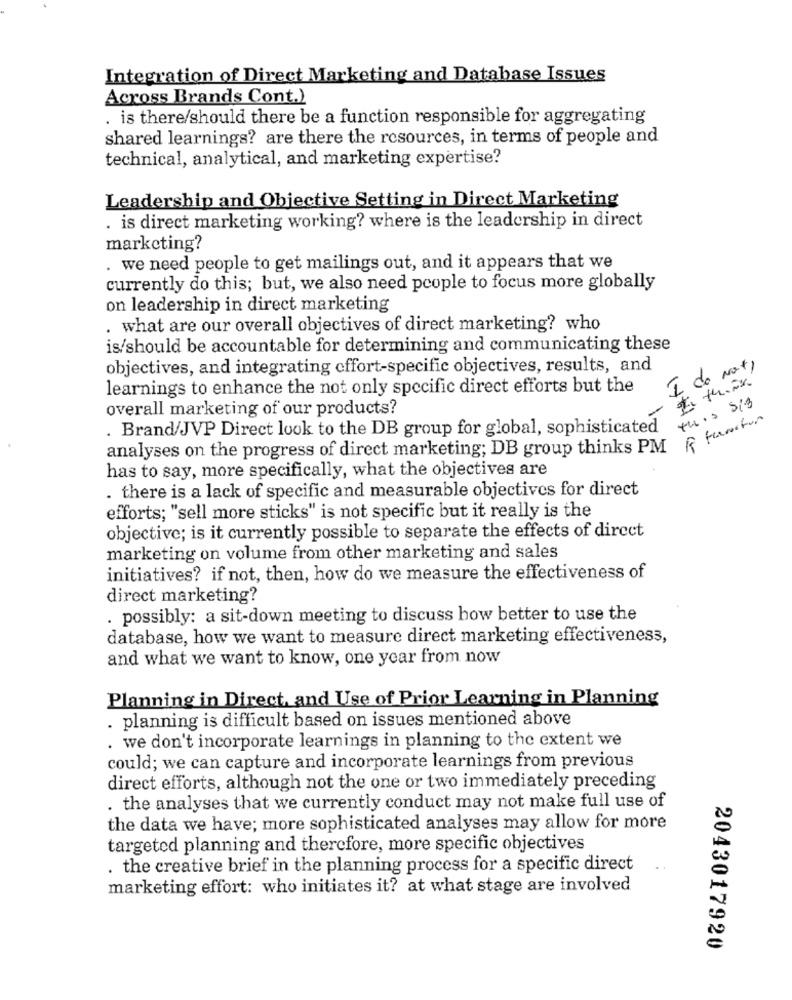
Integration of Direct Marketing and Database Issues
Across Brands Cont.)
. is there/should there be a function responsible for aggregating
shared learnings? are there the resources, in terms of people and
technical, analytical, and marketing expertise?
Leadership and Objective Setting in Direct Marketing
. is direct marketing working? where is the leadership in direct
marketing?
. we need people to get mailings out, and it appears that we
currently do this; but, we also need people to focus more globally
on leadership in direct marketing
. what are our overall objectives of direct marketing? who
is/should be accountable for determining and communicating these
objectives, and integrating effort-specific objectives, results, and
I do Not,
learnings to enhance the not only specific direct efforts but the
this Sig
overall marketing of our products?
. Brand/JVP Direct look to the DB group for global, sophisticated
analyses on the progress of direct marketing; DB group thinks PM & far
has to say, more specifically, what the objectives are
. there is a lack of specific and measurable objectives for direct
efforts; "sell more sticks" is not specific but it really is the
objective; is it currently possible to separate the effects of direct
marketing on volume from other marketing and sales
initiatives? if not, then, how do we measure the effectiveness of
direct marketing?
. possibly: a sit-down meeting to discuss how better to use the
database, how we want to measure direct marketing effectiveness,
and what we want to know, one year from now
Planning in Direct, and Use of Prior Learning in Planning
. planning is difficult based on issues mentioned above
. we don't incorporate learnings in planning to the extent we
could; we can capture and incorporate learnings from previous
direct efforts, although not the one or two immediately preceding
. the analyses that we currently conduct may not make full use of
the data we have; more sophisticated analyses may allow for more
targeted planning and therefore, more specific objectives
. the creative brief in the planning process for a specific direct
marketing effort: who initiates it? at what stage are involved
2043017920